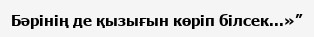
Бәрінің де қызығын көріп білсек...»”